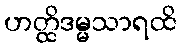
ဟတ္ထိဒမ္မသာရထိ